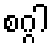
စဂ္ဂါ